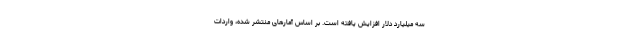
سه میلیارد دلار افزایش یافته است. بر اساس آمارهای منتشر شده، واردات